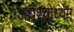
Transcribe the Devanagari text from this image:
अधश्चोर्ध्वम्